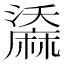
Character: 𪎤